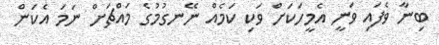
ބިނާ ވެފައި ވަނީ އެމީހަކަށް ވަކި ކަމެއް ނޭނގުމުގެ މައްޗަށް ނަމަ އެކަން